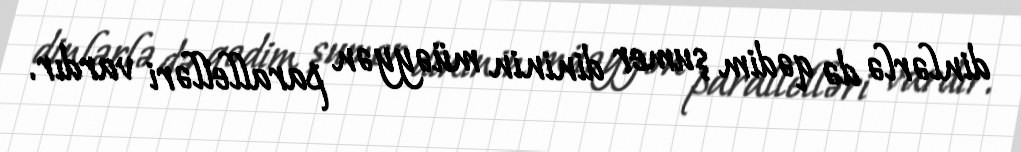
dinlərlə də qədim şumer dininin müəyyən parallelləri vardır.